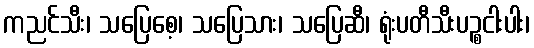
ကညင်သီး၊ သပြေစေ့၊ သပြေသား၊ သပြေဆီ၊ ရုံးပတီသီးပဉ္စငါးပါး၊